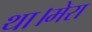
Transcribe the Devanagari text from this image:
था।मेरा